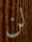
لن